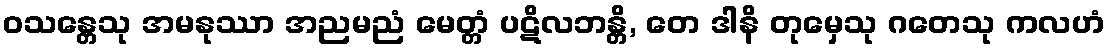
ဝသန္တေသု အမနုဿာ အညမညံ မေတ္တံ ပဋိလဘန္တိ, တေ ဒါနိ တုမှေသု ဂတေသု ကလဟံ